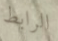
الرابط